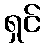
ရှင်